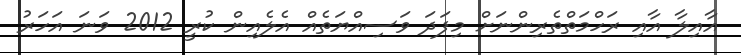
އާއިލާ އާއި ރަހްމަތްތެރިންނަށް މިފަދަ ވަސިއްޔަތެއް އެލެއިން ކުރީ 2012 ވަނަ އަހަރު